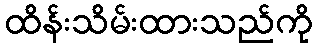
ထိန်းသိမ်းထားသည်ကို